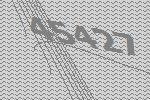
45427